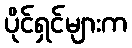
ပိုင်ရှင်များက